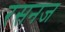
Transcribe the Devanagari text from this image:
रसनज